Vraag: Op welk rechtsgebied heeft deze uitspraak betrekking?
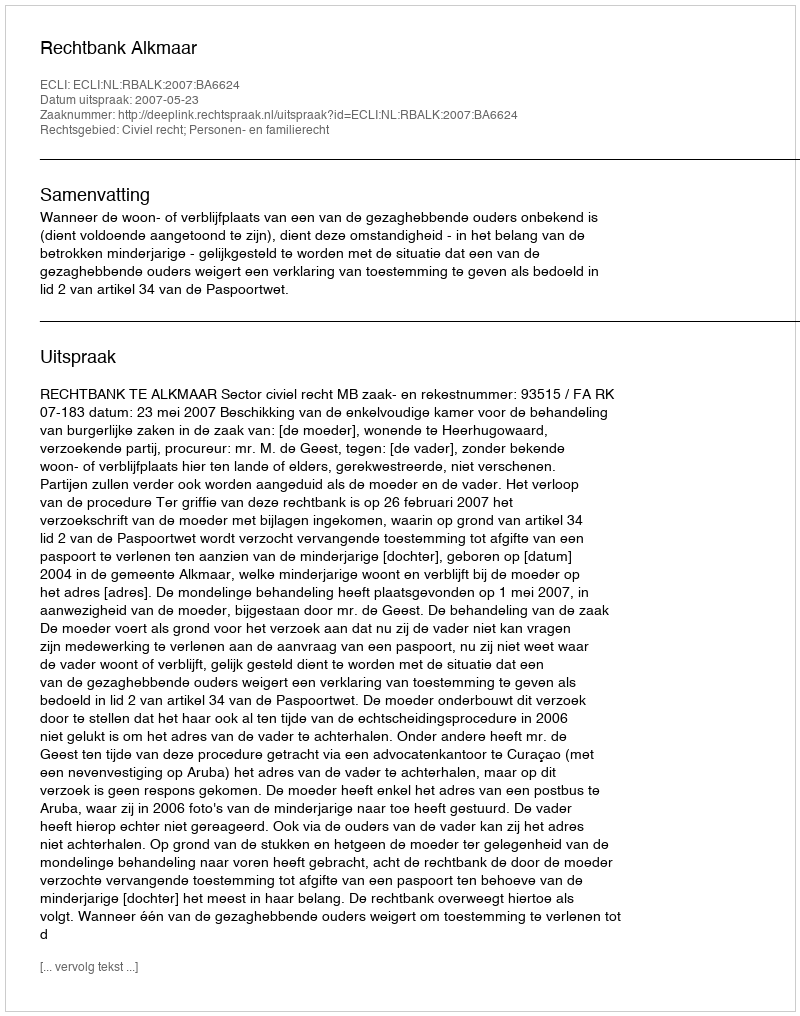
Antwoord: Civiel recht; Personen- en familierecht